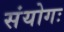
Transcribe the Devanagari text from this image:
संयोगः